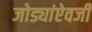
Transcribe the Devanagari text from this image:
जोड्यांऐवजी